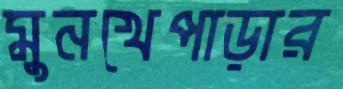
মুনখেপাড়ার